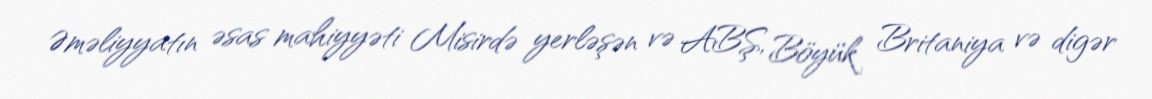
Əməliyyatın əsas mahiyyəti Misirdə yerləşən və ABŞ, Böyük Britaniya və digər